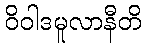
ဝိဝါဒမူလာနီတိ